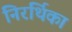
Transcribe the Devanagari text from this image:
निरर्थिका